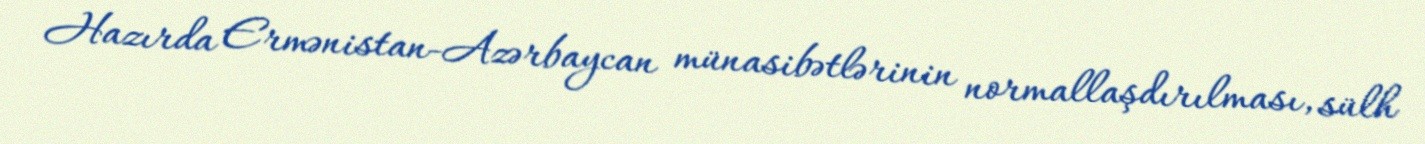
Hazırda Ermənistan-Azərbaycan münasibətlərinin normallaşdırılması, sülh